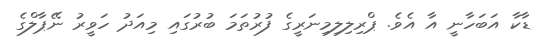
ޑާކާ އަބަހާނީ އާ އެވެ. ޕްރިލިލިމިނަރީގެ ފުރުތަމަ ބުރުގައި މިއަދު ހަވީރު ނޭޕާލްގެ